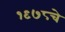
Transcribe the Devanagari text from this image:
१९७८चे